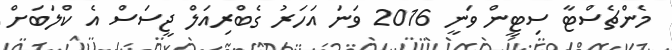
މެންޗެސްޓާ ސިޓީން ވަނީ 2016 ވަނަ އަހަރު ގެބްރިއަލް ޖީސަސް އެ ކްލަބަށް